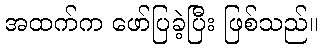
အထက်က ဖော်ပြခဲ့ပြီး ဖြစ်သည်။